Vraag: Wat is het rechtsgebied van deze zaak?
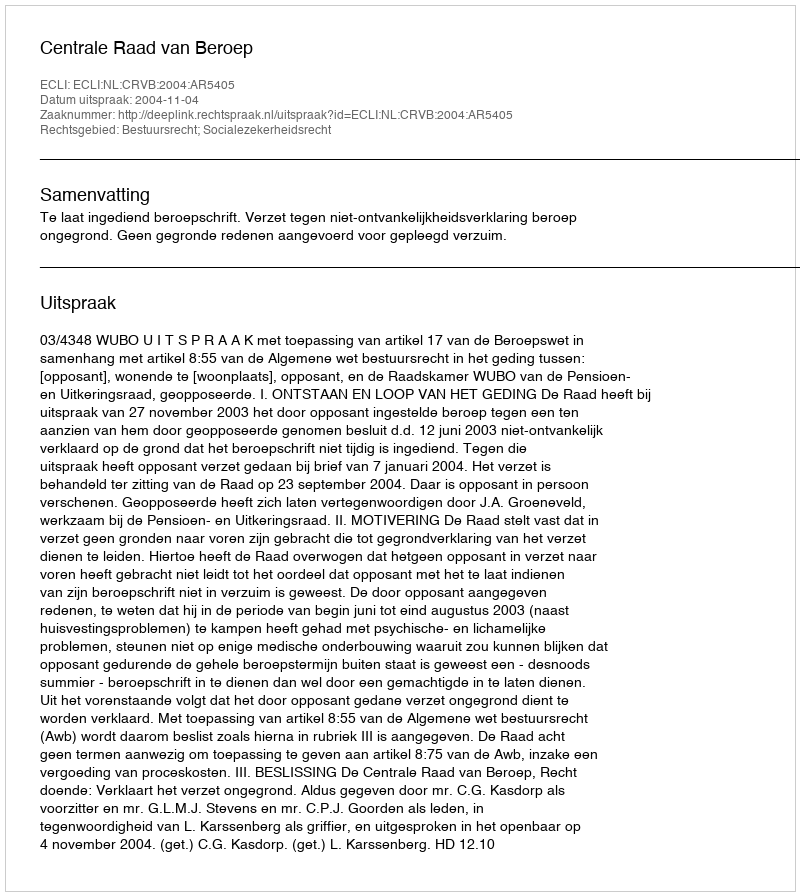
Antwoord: Bestuursrecht; Socialezekerheidsrecht